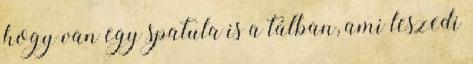
hogy van egy spatula is a tálban, ami leszedi